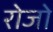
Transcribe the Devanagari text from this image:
रोजो